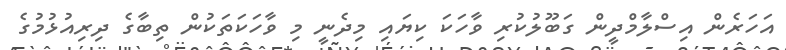
އަހަރެން އިސްލާމްދީން ގަބޫލުކުރި ވާހަކަ ކިޔައި މިދެނީ މި ވާހަކަތަކުން ތިބާގެ ދިރިއުޅުމުގެ